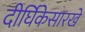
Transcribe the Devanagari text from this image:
दीर्घिकेसारखे